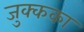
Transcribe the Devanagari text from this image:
जुक्कका